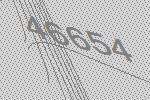
46654